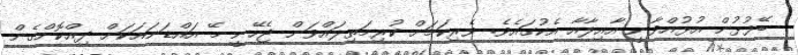
ބޭފުޅުން އުޅުއްވާނީ އާއިލާއާ އެކުގައެވެ. ވެރިކަމަށް ކުރިމަތިލައްވަން ޖެހޭނީ މޭ އައްޑަނައަކަށް ދިއްކޮށްގެން